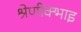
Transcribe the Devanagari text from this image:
श्रेणीक्भाइ